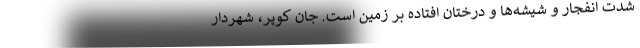
شدت انفجار و شیشه‌ها و درختان افتاده بر زمین است. جان کوپر، شهردار